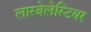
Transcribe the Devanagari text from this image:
लारबेलेस्टियर